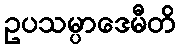
ဥပသမ္ပာဒေမီတိ